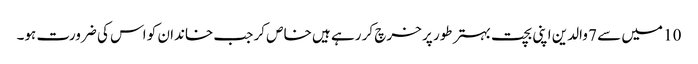
10 میں سے 7 والدین اپنی بچت بہتر طور پر خرچ کر رہے ہیں خاص کر جب خاندان کو اس کی ضرورت ہو۔